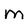
Character: M